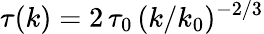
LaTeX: \tau(k)=2\, \tau_{0}\, (k/k_{0})^{-2/3}